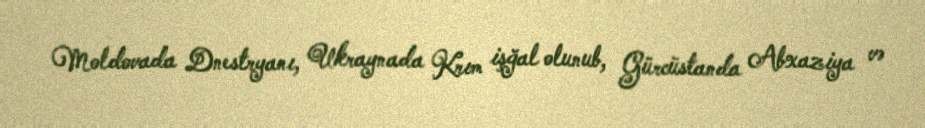
Moldovada Dnestryanı, Ukraynada Krım işğal olunub, Gürcüstanda Abxaziya və